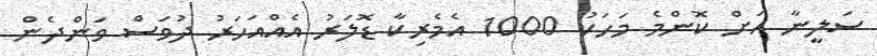
ސަލީނާ އަށް ކޮންމެ މަހަކު 1000 އެމެރިކާ ޑޮލަރު އެއްއަހަރު ދުވަސް ވަންދެން